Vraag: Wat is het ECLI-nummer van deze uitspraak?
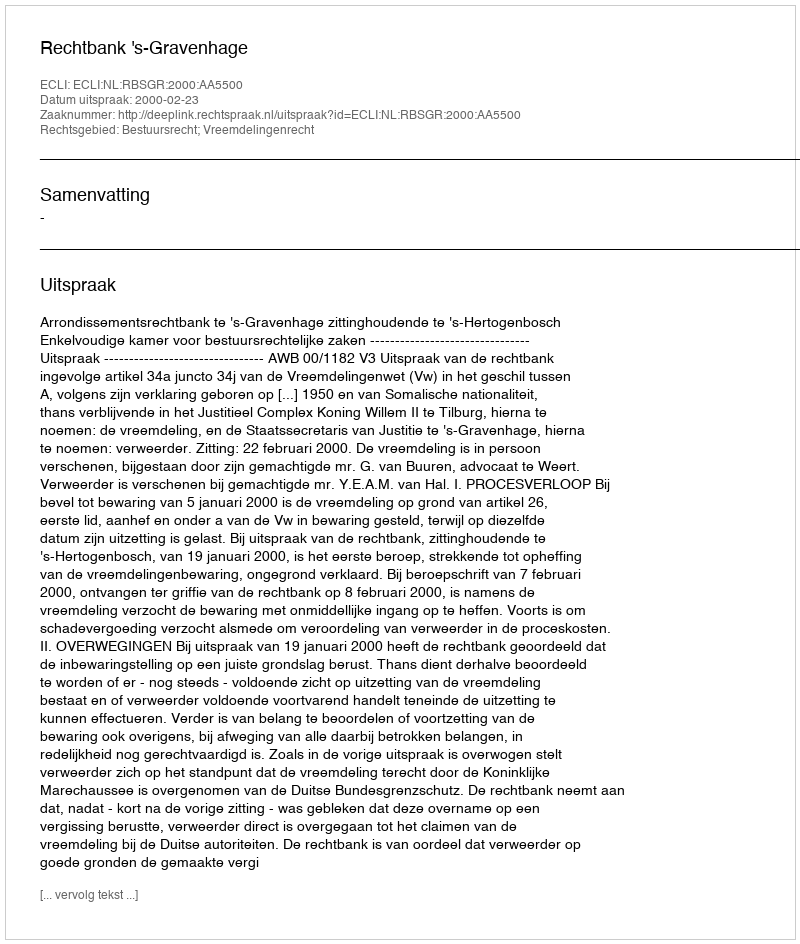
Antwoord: ECLI:NL:RBSGR:2000:AA5500